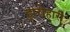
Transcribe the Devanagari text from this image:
हारोहारी